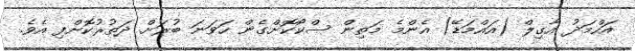
އަހްމަދު އާގިލް (އައްމަޑޭ) އެންމެ މަތިން ސްކޯކޮށްގެން ހަވަނަ ބުރަށް ދަތުރުކޮށްފި އެވެ.